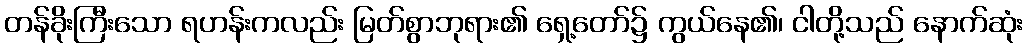
တန်ခိုးကြီးသော ရဟန်းကလည်း မြတ်စွာဘုရား၏ ရှေ့တော်၌ ကွယ်နေ၏၊ ငါတို့သည် နောက်ဆုံး